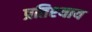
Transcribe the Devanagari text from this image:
प्रतिश्‍याय